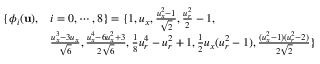
\begin{array} { r l } { \{ \phi _ { i } ( \mathbf { u } ) , } & { i = 0 , \cdots , 8 \} = \{ 1 , { u } _ { x } , \frac { { u } _ { x } ^ { 2 } - 1 } { \sqrt { 2 } } , \frac { { u } _ { r } ^ { 2 } } { 2 } - 1 , } \\ & { \frac { { u } _ { x } ^ { 3 } - 3 { u } _ { x } } { \sqrt { 6 } } , \frac { { u } _ { x } ^ { 4 } - 6 { u } _ { x } ^ { 2 } + 3 } { 2 \sqrt { 6 } } , \frac { 1 } { 8 } { u } _ { r } ^ { 4 } - { u } _ { r } ^ { 2 } + 1 , \frac { 1 } { 2 } { u } _ { x } ( { u } _ { r } ^ { 2 } - 1 ) , \frac { ( { u } _ { x } ^ { 2 } - 1 ) ( { u } _ { r } ^ { 2 } - 2 ) } { 2 \sqrt { 2 } } \} } \end{array}